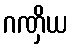
ဂဏှိယ